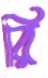
রি